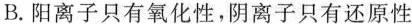
B.阳离子只有氧化性，阴离子只有还原性